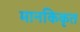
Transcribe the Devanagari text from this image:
मानकिकृत